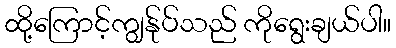
ထို့ကြောင့်ကျွန်ုပ်သည် ကိုရွေးချယ်ပါ။